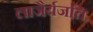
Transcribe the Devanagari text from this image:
लाजैर्यजति